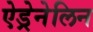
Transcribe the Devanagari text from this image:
ऐड्रेनेलिन